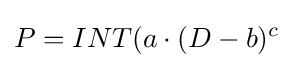
P=INT(a\cdot (D-b)^{c}